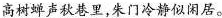
高树蝉声秋巷里，朱门冷静似闲居。